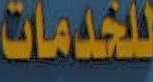
للخدمات